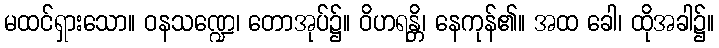
မထင်ရှားသော။ ဝနသဏ္ဍေ၊ တောအုပ်၌။ ဝိဟရန္တိ၊ နေကုန်၏။ အထ ခေါ၊ ထိုအခါ၌။